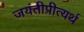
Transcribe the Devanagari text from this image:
जयंतीप्रीत्यर्थ